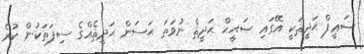
ޟަޢީފް ޙަދީޘަކީ އޭގައި ޞަޙީޙް ޙަދީޘް ނުވަތަ ޙަސަން ޙަދީޘެއްގެ ސިފަތަކުން ކުރެ